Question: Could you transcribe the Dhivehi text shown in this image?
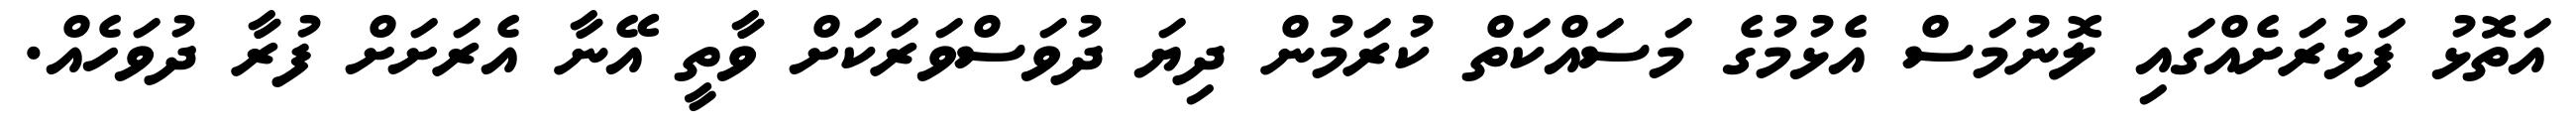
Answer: އަތޮޅު ފަޅުރަށެއްގައި ލޮނުމަސް އެޅުމުގެ މަސައްކަތް ކުރަމުން ދިޔަ ދުވަސްވަރަކަށް ވާތީ އޭނާ އެރަށަށް ފުރާ ދުވަހެއް.